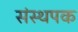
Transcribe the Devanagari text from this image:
संस्थपक